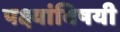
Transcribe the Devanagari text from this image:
पक्ष्यांविषयी